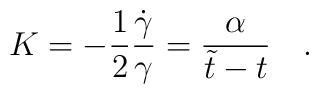
K=-\frac{1}{2}\frac{\dot{\gamma}}{\gamma}=\frac{\alpha}{\tilde{t}-t} ~~~.